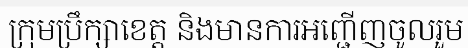
ក្រុមប្រឹក្សាខេត្ត និងមានការអញ្ជើញចូលរួម